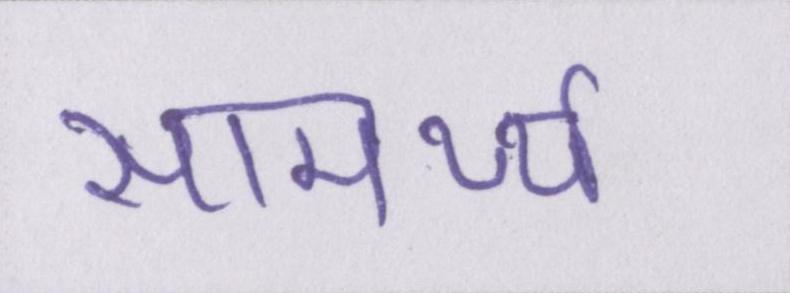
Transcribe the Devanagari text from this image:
सामर्थ्य